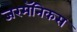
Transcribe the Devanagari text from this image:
जरमॅनिकस